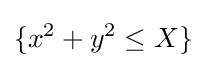
\{x^{2}+y^{2}\leq X\}